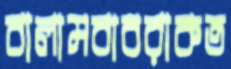
বালামবাবরাকত